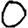
Digit: 0